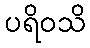
ပရိဝသိ